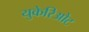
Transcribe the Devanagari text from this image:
युकेरिओट